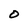
Character: O